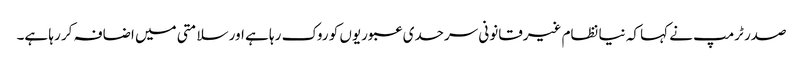
صدر ٹرمپ نے کہا کہ نیا نظام غیرقانونی سرحدی عبوریوں کو روک رہا ہے اور سلامتی میں اضافہ کر رہا ہے۔